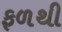
ફળથી